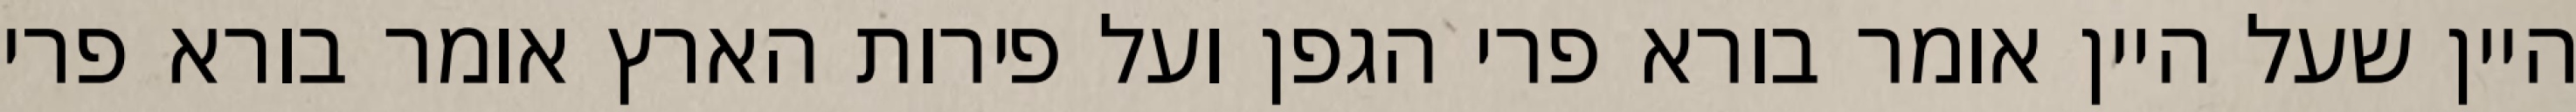
היין שעל היין אומר בורא פרי הגפן ועל פירות הארץ אומר בורא פרי